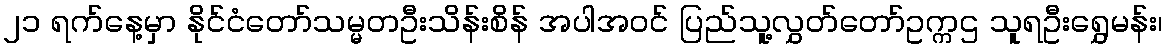
၂၁ ရက်နေ့မှာ နိုင်ငံတော်သမ္မတဦးသိန်းစိန် အပါအဝင် ပြည်သူ့လွှတ်တော်ဥက္ကဌ သူရဦးရွှေမန်း၊